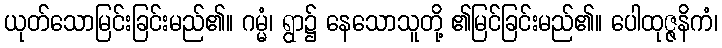
ယုတ်သောမြင်းခြင်းမည်၏။ ဂမ္မံ၊ ရွာ၌ နေသောသူတို့ ၏မြင်ခြင်းမည်၏။ ပေါထုဇ္ဇနိကံ၊